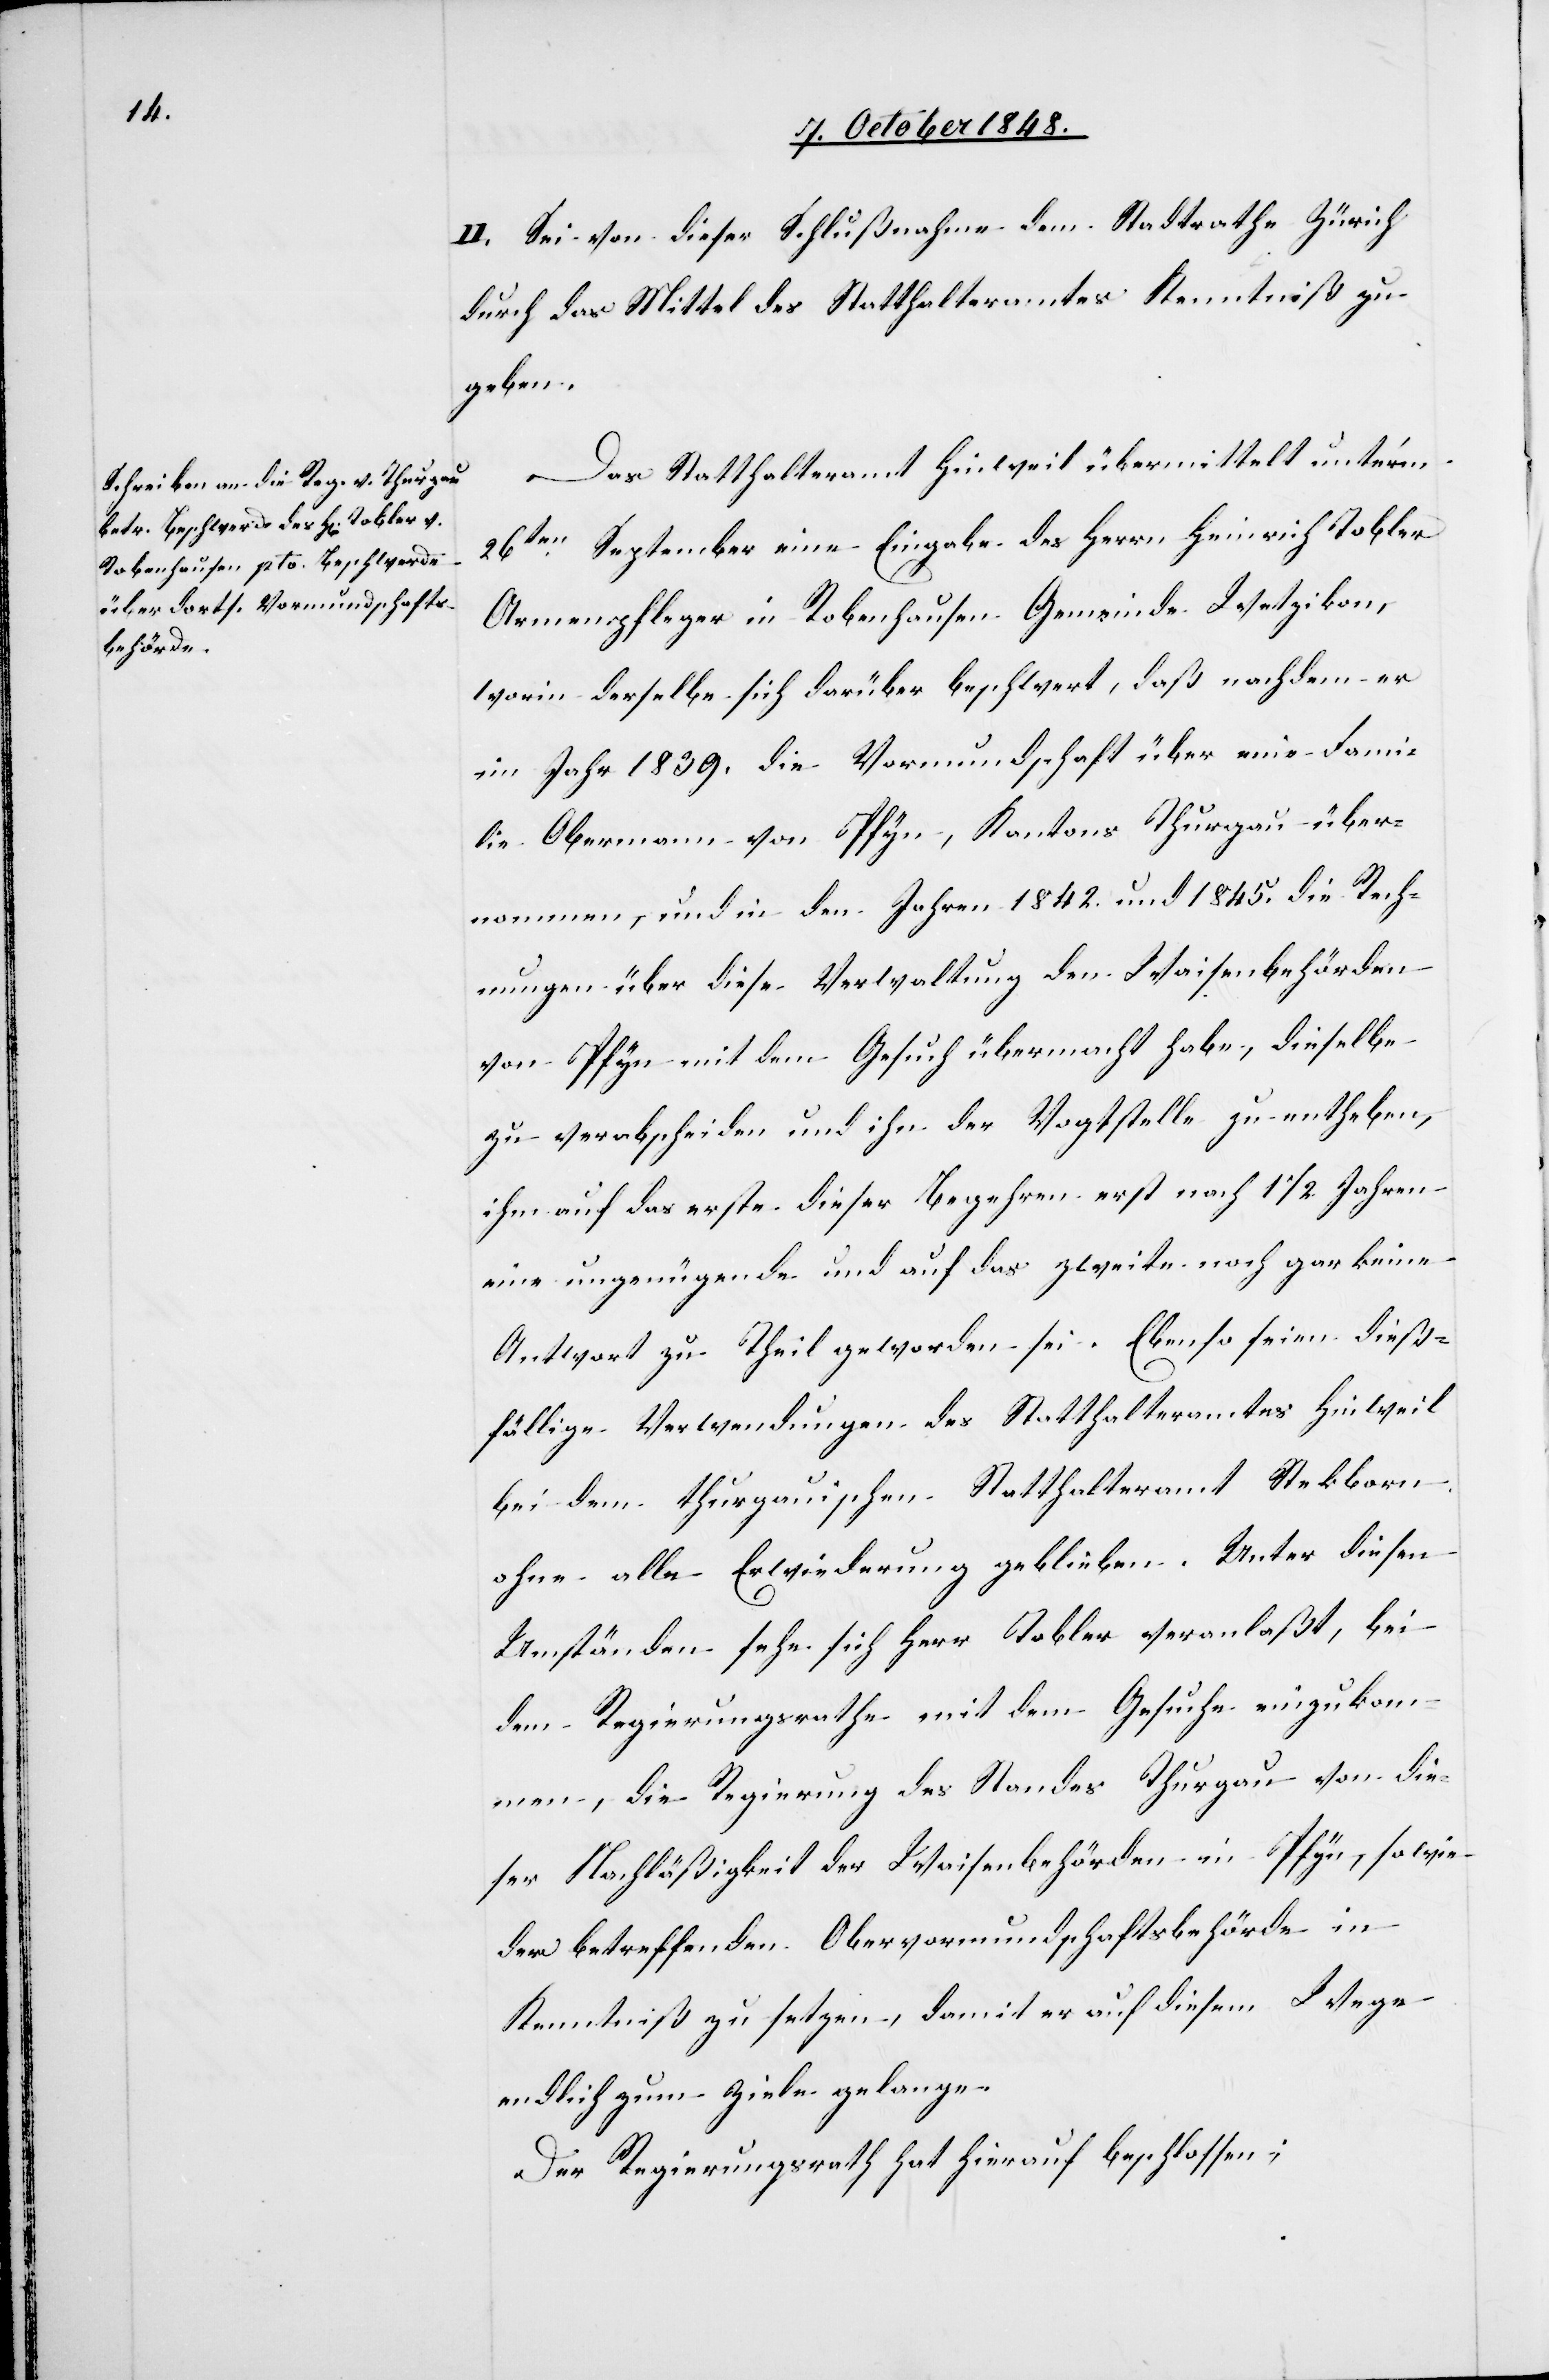
II. Sei von dieser Schlußnahme dem Stadtrathe Zürich
durch das Mittel des Statthalteramtes Kenntniß zu
geben.
Das Statthalteramt Hinweil übermittelt unter’m
26ten September eine Eingabe des Herrn Heinrich Tobler
Armenpfleger in Robenhausen Gemeinde Wetzikon,
worin derselbe sich darüber beschwert, daß nachdem er
im Jahr 1839. die Vormundschaft über eine Fami¬
lie Obermann von Pfyn, Kantons Thurgau über¬
nommen, und in den Jahren 1840. und 1845. die Rech¬
nungen über diese Verwaltung den Waisenbehörden
von Pfyn mit dem Gesuch übermacht habe, dieselbe
zu verabscheiden und ihn der Vogtstelle zu entheben,
ihm auf das erste dieser Begehren erst nach 11/2. Jahren
eine ungenügende und auf das zweite noch gar keine
Antwort zu Theil geworden sei. Ebenso seien dieß¬
fällige Verwendungen des Statthalteramtes Hinweil
bei dem thurgauischen Statthalteramte Steckborn
ohne alle Erwiederung geblieben. Unter diesen
Umständen sehe sich Herr Tobler veranlaßt, bei
dem Regierungsrathe mit dem Gesuche einzukom¬
men, die Regierung des Standes Thurgau von die¬
ser Nachläßigkeit der Waisenbehörden in Pfyn, sowie
der betreffenden Obervormundschaftsbehörde in
Kenntniß zu setzen, damit er auf diesem Wege
endlich zum Ziele gelange.
Der Regierungsrath hat hierauf beschlossen;